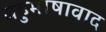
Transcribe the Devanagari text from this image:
बहुभाषावाद